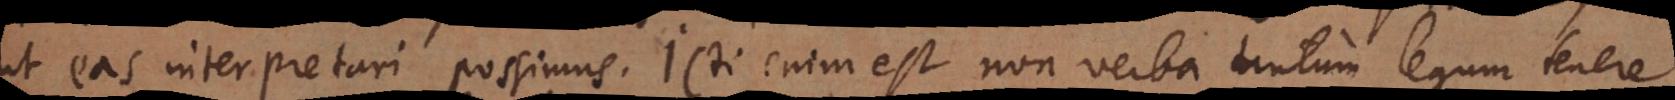
ut eas interpretari possimus.Jurisconsulti enim est non verba tantum legum tener